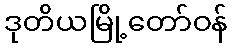
ဒုတိယမြို့တော်ဝန်